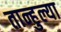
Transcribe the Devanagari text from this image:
तान्हुल्या